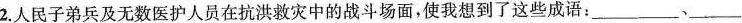
2.人民子弟兵及无数医护人员在抗洪救灾中的战斗场面，使我想到了这些成语：\underline、\underline